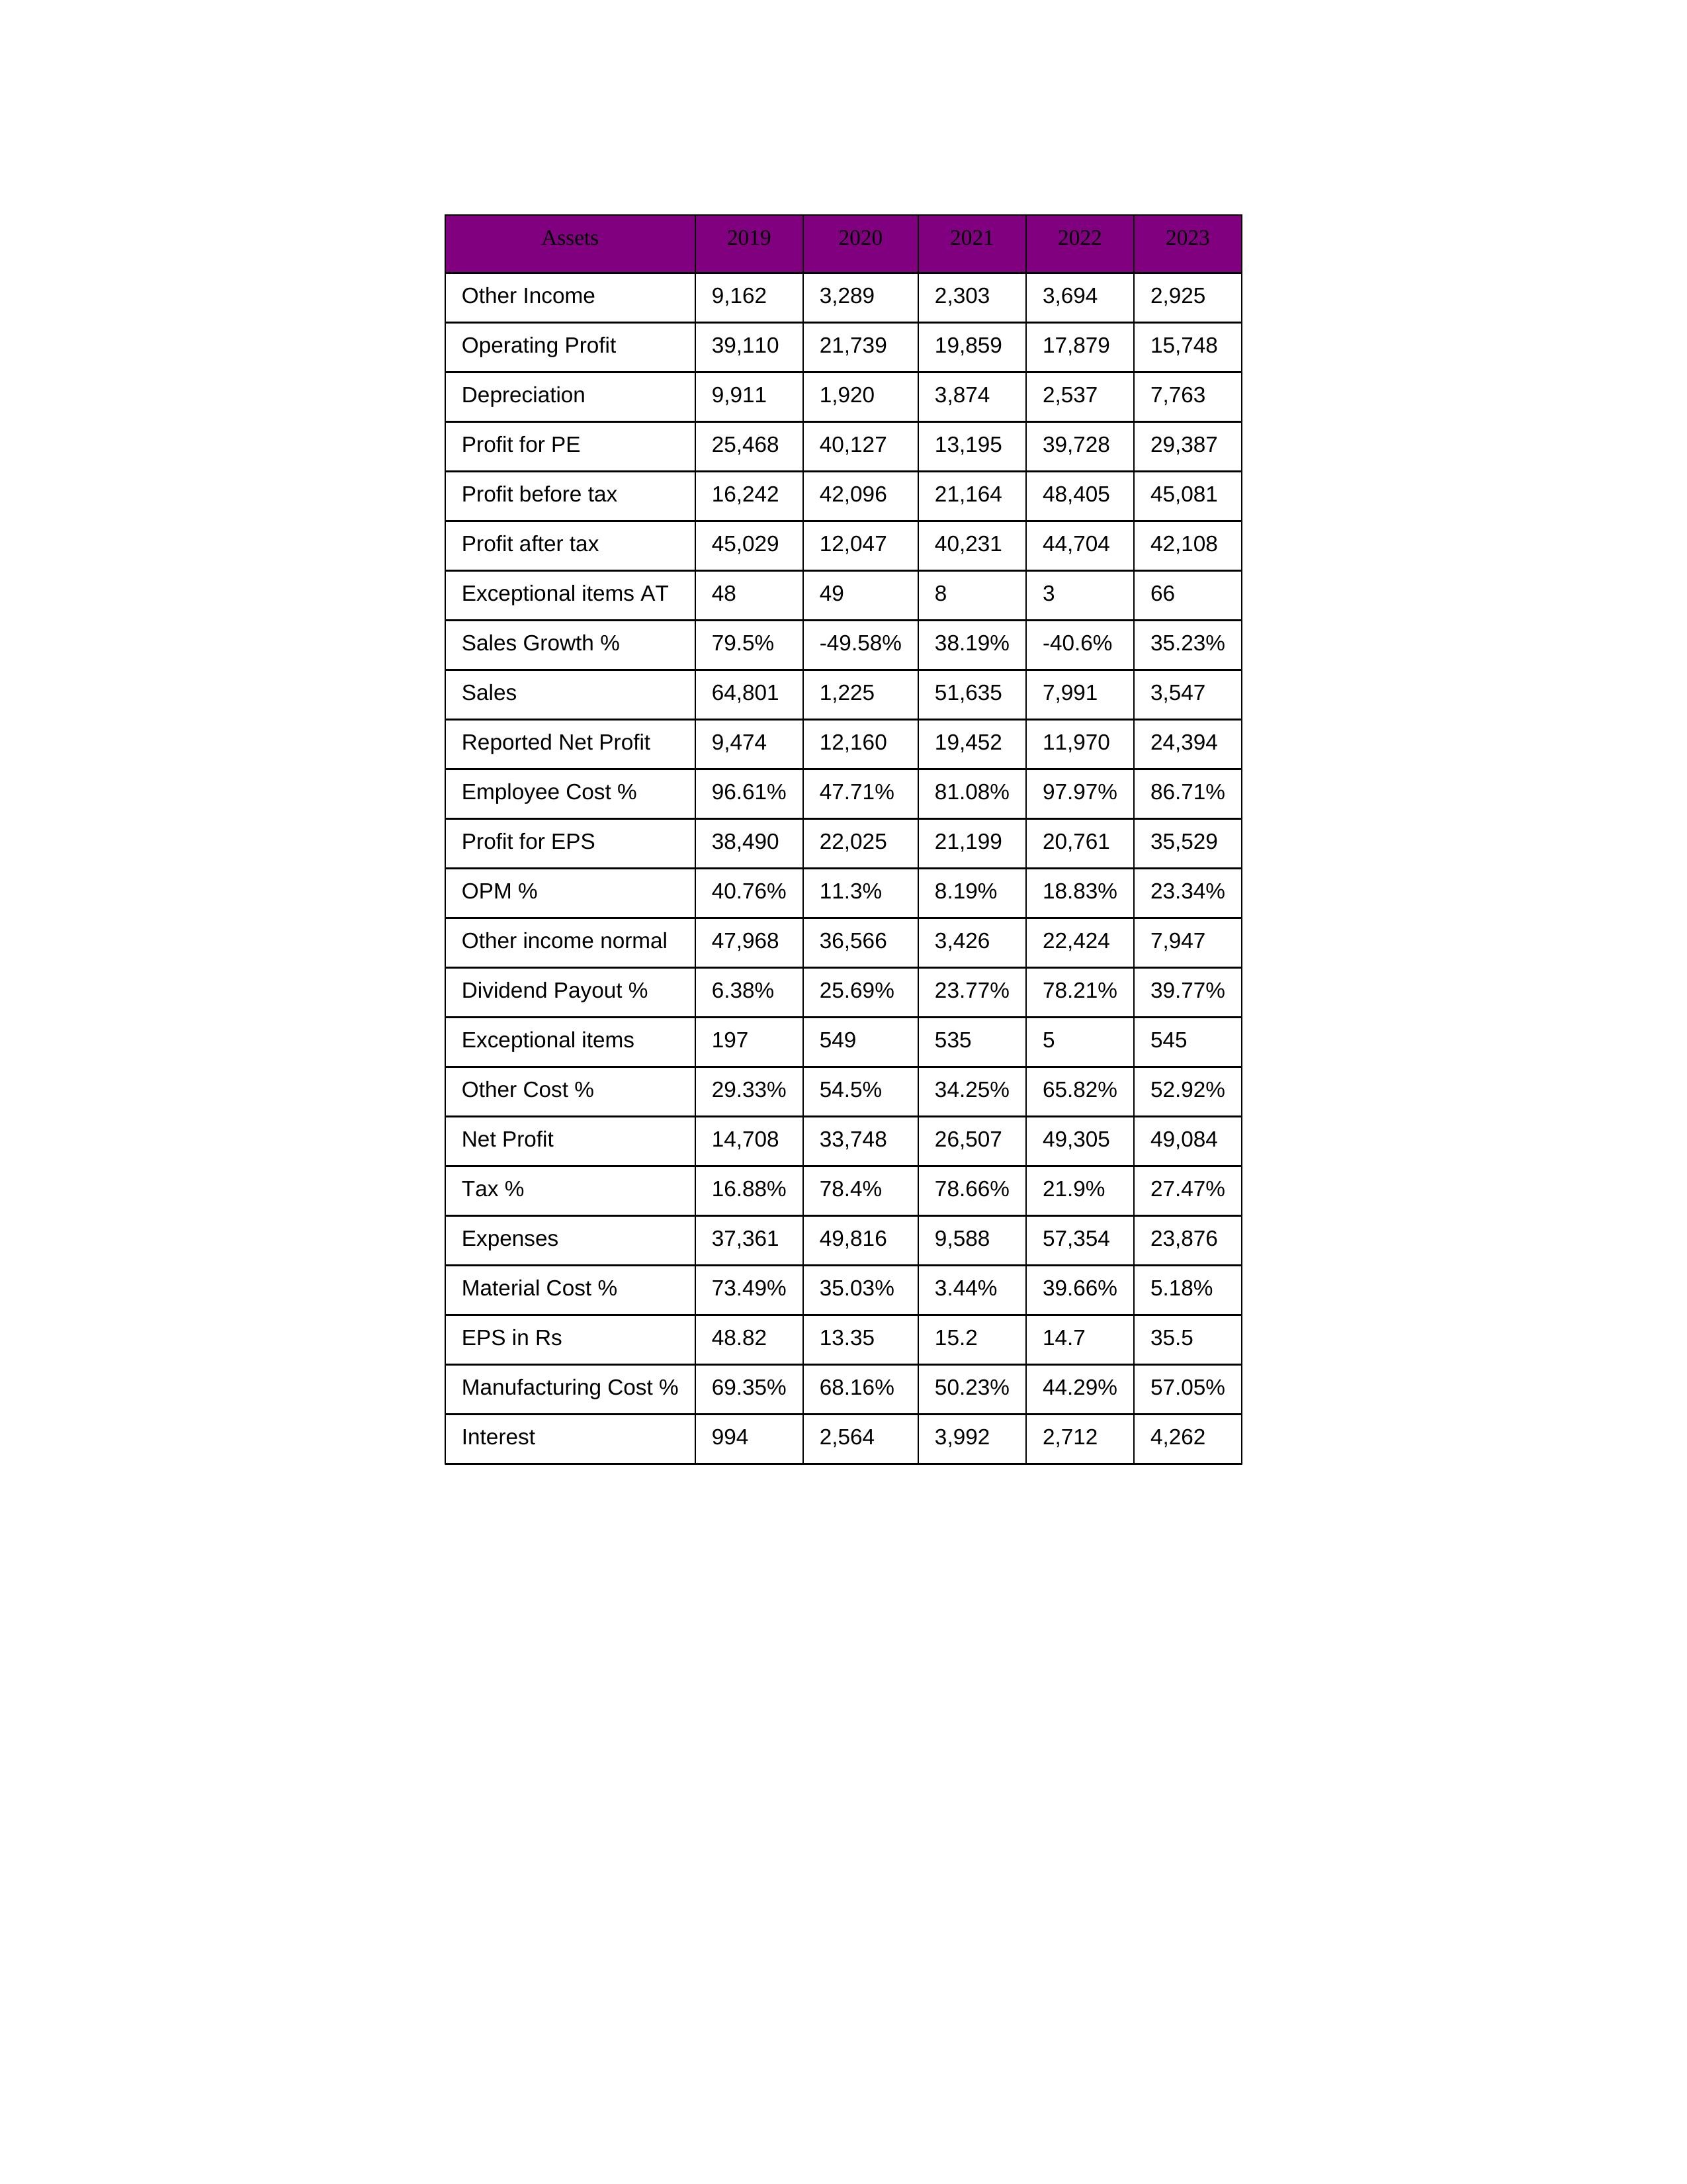
gt_parse: 2019: Sales: 64,801
Sales Growth %: 79.5%
Expenses: 37,361
Material Cost %: 73.49%
Manufacturing Cost %: 69.35%
Employee Cost %: 96.61%
Other Cost %: 29.33%
Operating Profit: 39,110
OPM %: 40.76%
Other Income: 9,162
Exceptional items: 197
Other income normal: 47,968
Interest: 994
Depreciation: 9,911
Profit before tax: 16,242
Tax %: 16.88%
Net Profit: 14,708
Profit after tax: 45,029
Reported Net Profit: 9,474
Profit for EPS: 38,490
Exceptional items AT: 48
Profit for PE: 25,468
EPS in Rs: 48.82
Dividend Payout %: 6.38%
2020: Sales: 1,225
Sales Growth %: -49.58%
Expenses: 49,816
Material Cost %: 35.03%
Manufacturing Cost %: 68.16%
Employee Cost %: 47.71%
Other Cost %: 54.5%
Operating Profit: 21,739
OPM %: 11.3%
Other Income: 3,289
Exceptional items: 549
Other income normal: 36,566
Interest: 2,564
Depreciation: 1,920
Profit before tax: 42,096
Tax %: 78.4%
Net Profit: 33,748
Profit after tax: 12,047
Reported Net Profit: 12,160
Profit for EPS: 22,025
Exceptional items AT: 49
Profit for PE: 40,127
EPS in Rs: 13.35
Dividend Payout %: 25.69%
2021: Sales: 51,635
Sales Growth %: 38.19%
Expenses: 9,588
Material Cost %: 3.44%
Manufacturing Cost %: 50.23%
Employee Cost %: 81.08%
Other Cost %: 34.25%
Operating Profit: 19,859
OPM %: 8.19%
Other Income: 2,303
Exceptional items: 535
Other income normal: 3,426
Interest: 3,992
Depreciation: 3,874
Profit before tax: 21,164
Tax %: 78.66%
Net Profit: 26,507
Profit after tax: 40,231
Reported Net Profit: 19,452
Profit for EPS: 21,199
Exceptional items AT: 8
Profit for PE: 13,195
EPS in Rs: 15.2
Dividend Payout %: 23.77%
2022: Sales: 7,991
Sales Growth %: -40.6%
Expenses: 57,354
Material Cost %: 39.66%
Manufacturing Cost %: 44.29%
Employee Cost %: 97.97%
Other Cost %: 65.82%
Operating Profit: 17,879
OPM %: 18.83%
Other Income: 3,694
Exceptional items: 5
Other income normal: 22,424
Interest: 2,712
Depreciation: 2,537
Profit before tax: 48,405
Tax %: 21.9%
Net Profit: 49,305
Profit after tax: 44,704
Reported Net Profit: 11,970
Profit for EPS: 20,761
Exceptional items AT: 3
Profit for PE: 39,728
EPS in Rs: 14.7
Dividend Payout %: 78.21%
2023: Sales: 3,547
Sales Growth %: 35.23%
Expenses: 23,876
Material Cost %: 5.18%
Manufacturing Cost %: 57.05%
Employee Cost %: 86.71%
Other Cost %: 52.92%
Operating Profit: 15,748
OPM %: 23.34%
Other Income: 2,925
Exceptional items: 545
Other income normal: 7,947
Interest: 4,262
Depreciation: 7,763
Profit before tax: 45,081
Tax %: 27.47%
Net Profit: 49,084
Profit after tax: 42,108
Reported Net Profit: 24,394
Profit for EPS: 35,529
Exceptional items AT: 66
Profit for PE: 29,387
EPS in Rs: 35.5
Dividend Payout %: 39.77%